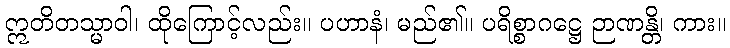
ဣတိတသ္မာဝါ၊ ထိုကြောင့်လည်း။ ပဟာနံ၊ မည်၏။ ပရိစ္စာဂဋ္ဌေ ဉာဏန္တိ၊ ကား။